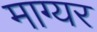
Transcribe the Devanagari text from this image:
माग्यर